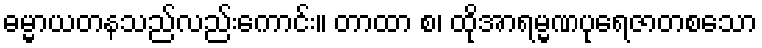
ဓမ္မာယတနသည်လည်းကောင်း။ တာထာ စ၊ ထိုအာရမ္မဏပုရေဇာတစသော